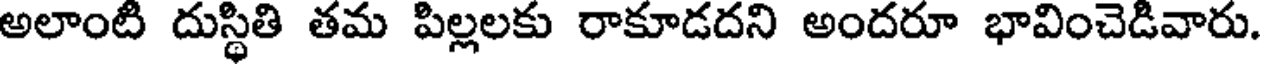
అలాంటి దుస్థితి తమ పిల్లలకు రాకూడదని అందరూ భావించెడివారు.